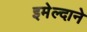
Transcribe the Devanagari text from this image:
इमेल्दाने